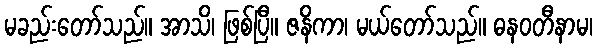
မခည်းတော်သည်။ အာသိ၊ ဖြစ်ပြီ။ ဇနိကာ၊ မယ်တော်သည်။ ဓနဝတီနာမ၊